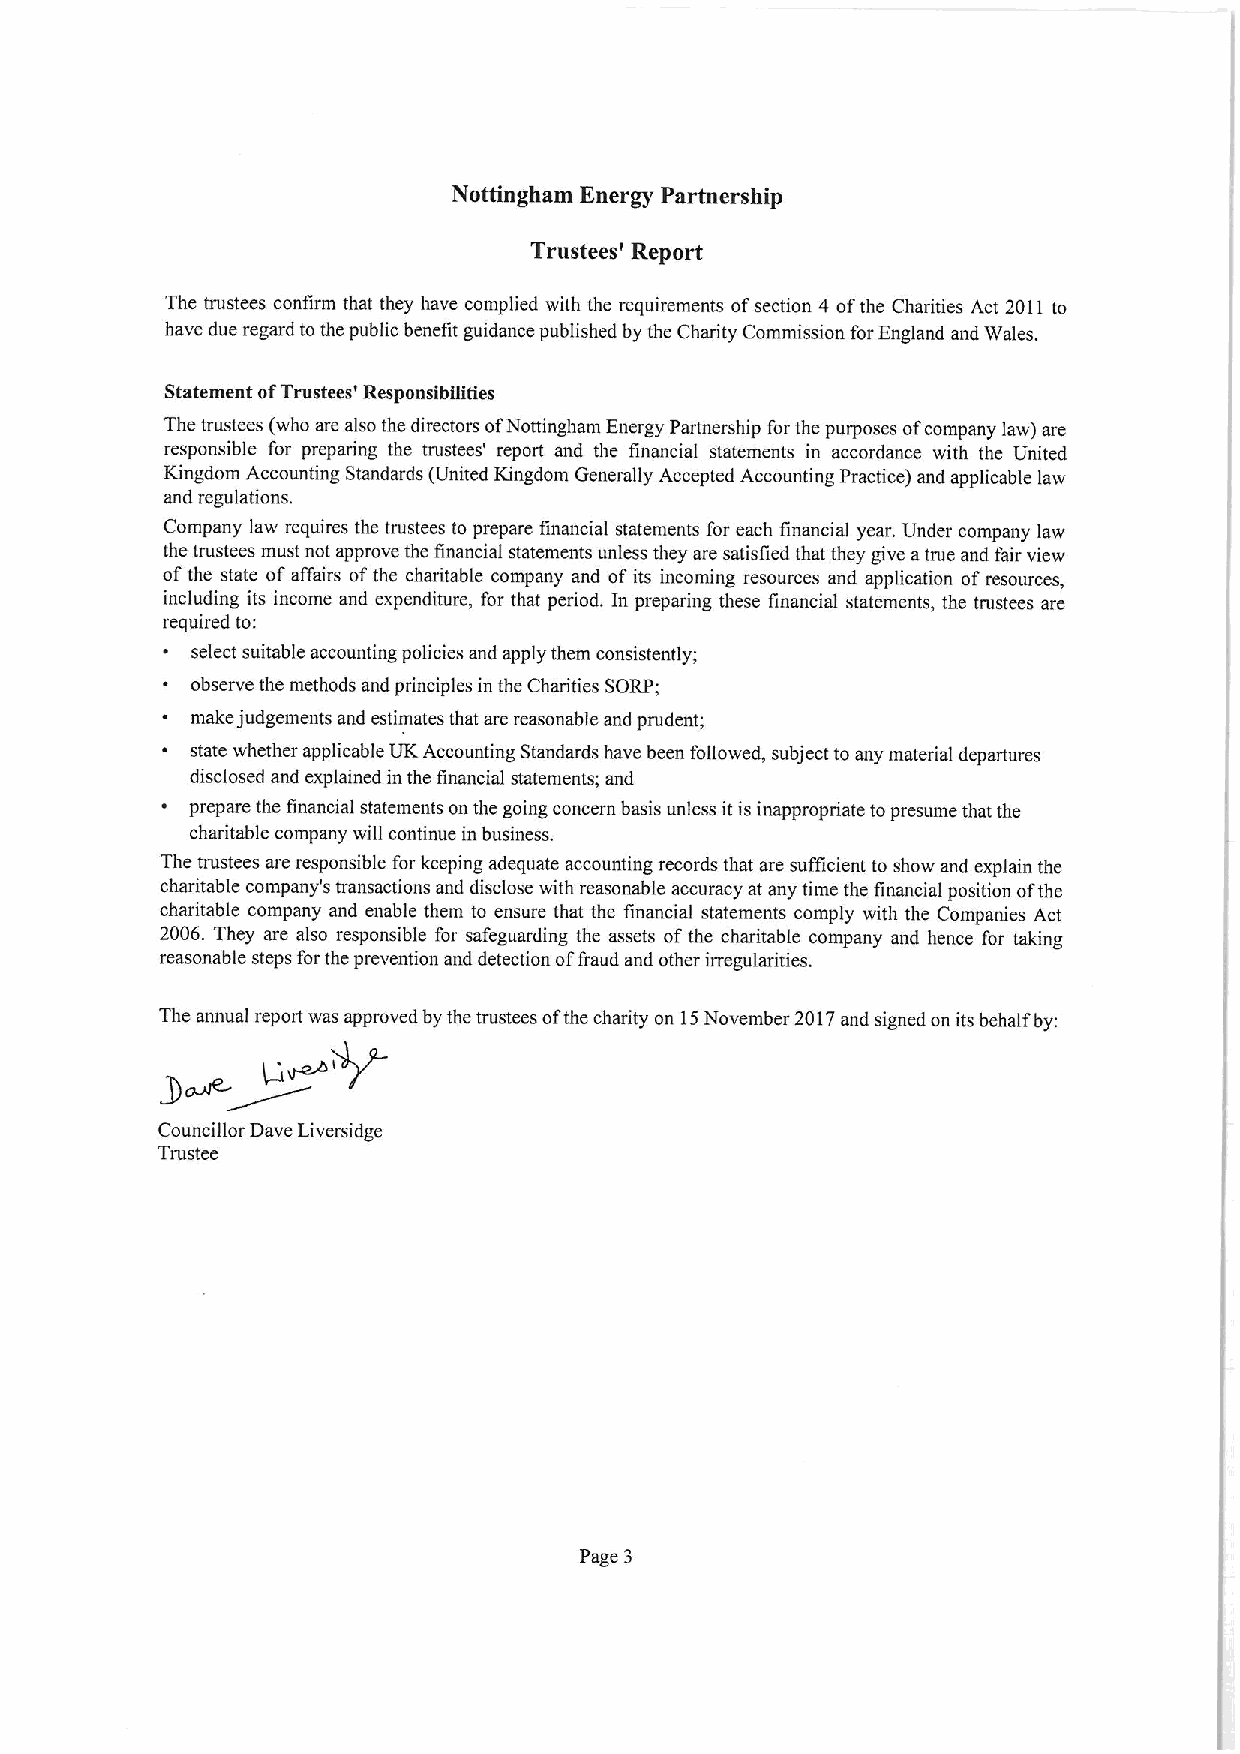
Nottingham Energy Partnership
 Trustees' Report
 The trustees confirm that they have complied with the requirements ofsection 4 ofthe Charities Act 2011to
 have due regard to the public benefit guidance published by the Charity Commission forEngland and Wales.
 Statement ofTrustees' Responsibilities
 The trustees (who are also the directors ofNottingham Energy Partnership for the purposes ofcompany law) are
 responsible for preparing the trustees' report and the financial statements in accordance with the United
 Kingdom Accounting Standards (United Kingdom Generally Accepted Accounting Practice) and applicable law
 and regulations.
 Company law requires the trustees to prepare financial statements for each financial year. Under company law
 the trustees must not approve the financial statements unless they are satisfied that they give atrue and fair view
 ofthe state ofaffairs ofthe charitable company and ofits incoming resources and application ofresources,
 including its income and expenditure, for that period. In preparing these financial statements, the trustees are
 required to:
 ~ select suitable accounting policies and apply them consistently;
 ~ observe the methods and principles in the Charities SORP;
 ~ make judgements and estimates that are reasonable and prudent;
 ~ state whether applicable UKAccounting Standards have been followed, subject to any material departures
 disclosed and explained in the financial statements; and
 ~ prepare the financial statements on the going concern basis unless it is inappropriate topresume that the
 charitable company will continue in business.
 The trustees are responsible for keeping adequate accounting records that are sufficient to show and explain the
 charitable company's transactions and disclose with reasonable accuracy at any time the financial position ofthe
 charitable company and enable them to ensure that the financial statements comply with the Companies Act
 2006. They are also responsible for safeguarding the assets ofthe charitable company and hence for taking
 reasonable steps forthe prevention and detection offraud and other irregularities.
 The annual report was approved by the trustees ofthe charity on 15November 2017and signed on its behalf by:
 Councillor Dave Liversidge
 Trustee
 Page 3